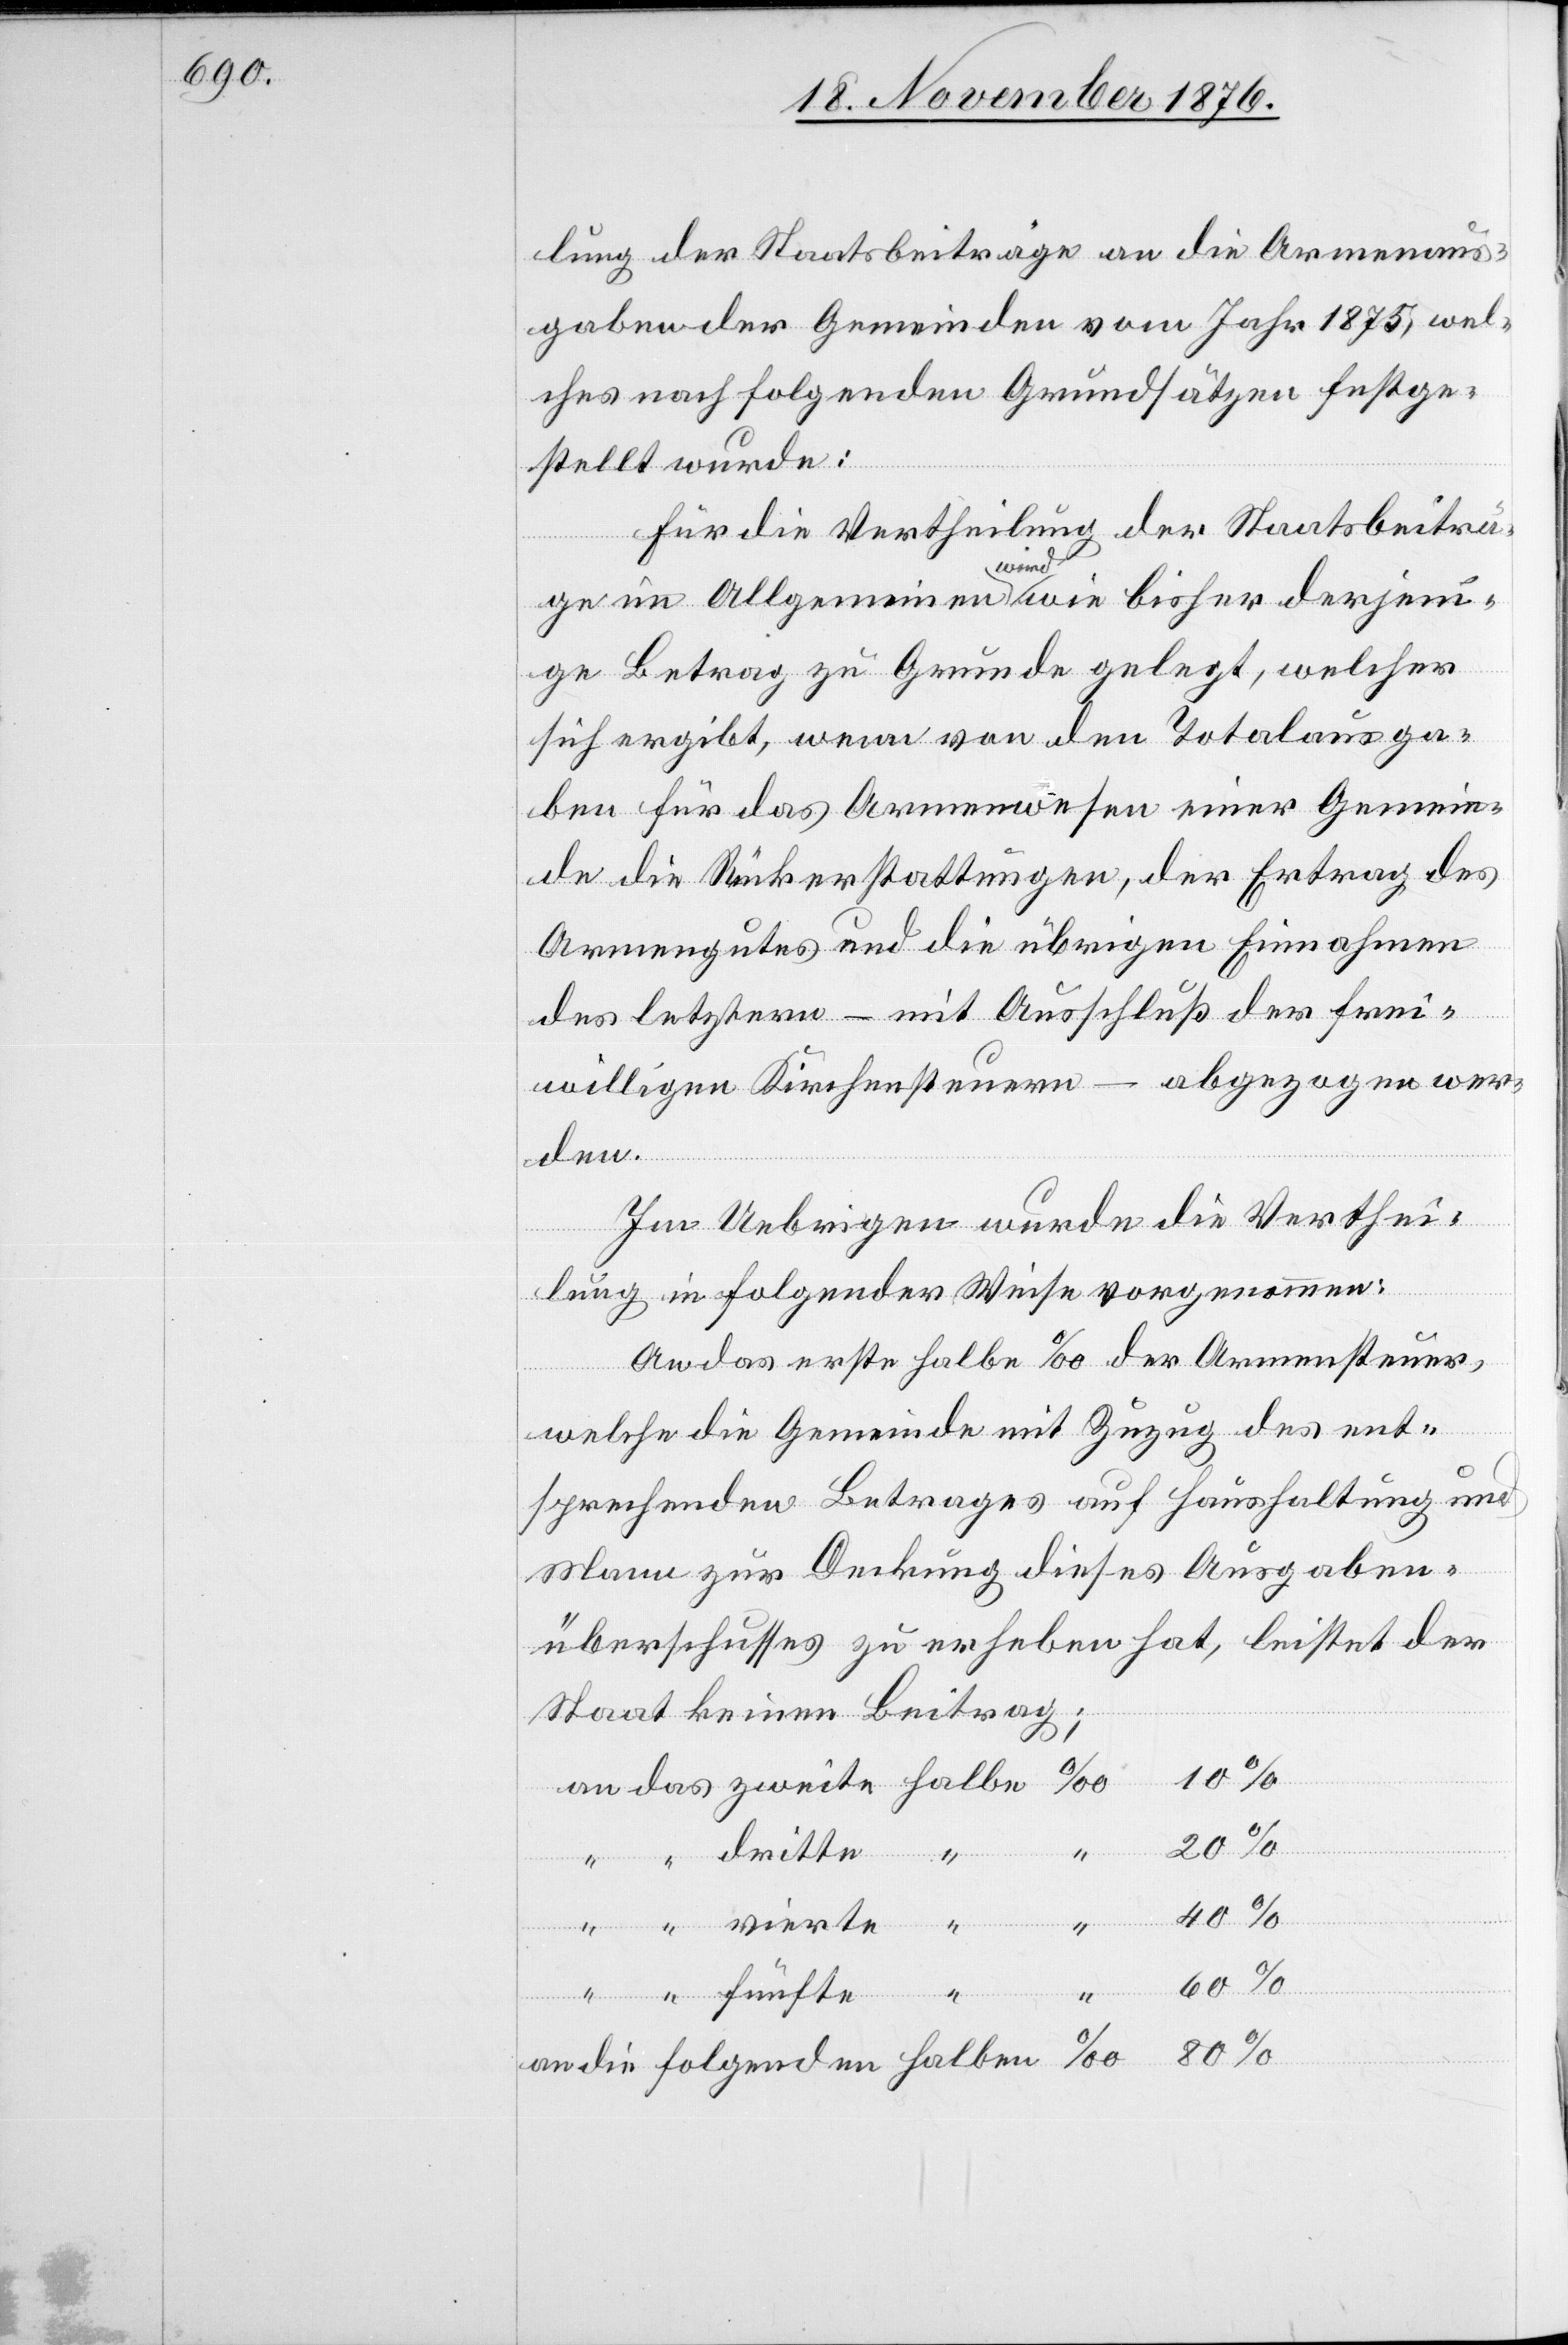
lung der Staatsbeiträge an die Armenaus¬
gaben der Gemeinden vom Jahr 1875, wel¬
ches nach folgenden Grundsätzen festge¬
stellt wurde:
Für die Vertheilung der Staatsbeiträ¬
ge im Allgemeinen wird wie bisher derjeni¬
ge Betrag zu Grunde gelegt, welcher
sich ergibt, wenn von den Totalausga¬
ben für das Armenwesen einer Gemein¬
de die Rückerstattungen, der Ertrag des
Armengutes und die übrigen Einnahmen
des letztern – mit Ausschluß der frei¬
willigen Kirchensteuern – abgezogen wer¬
den.
Im Uebrigen wurde die Verthei¬
lung in folgender Weise vorgenommen:
An das erste halbe ‰ der Armensteuer,
welche die Gemeinde mit Zuzug des ent¬
sprechenden Betrages auf Haushaltung und
Mann zur Deckung dieses Ausgaben¬
überschusses zu erheben hat, leistet der
Staat keinen Beitrag;
80
40
halben